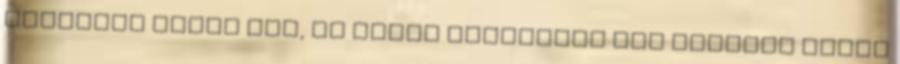
mindenre kérik meg, én pedig általában nem szoktam nemet